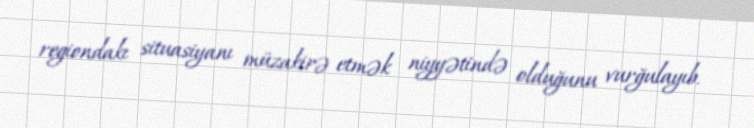
regiondakı situasiyanı müzakirə etmək niyyətində olduğunu vurğulayıb.